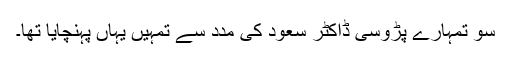
سو تمہارے پڑوسی ڈاکٹر سعود کی مدد سے تمہیں یہاں پہنچایا تھا۔